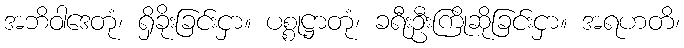
အဘိဝါဒေတုံ၊ ရှိခိုးခြင်းငှာ။ ပစ္စုဋ္ဌာတုံ၊ ခရီးဦးကြိုဆိုခြင်းငှာ။ အရဟတိ၊